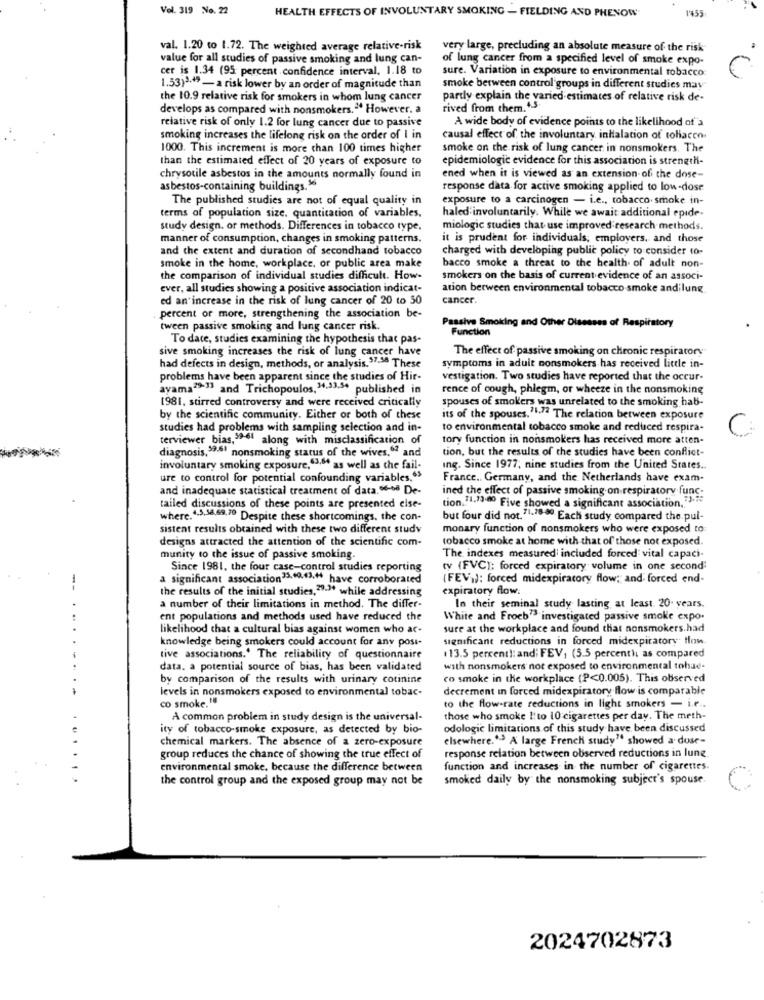
Vol. 319 No. 22
HEALTH EFFECTS OF INVOLUNTARY SMOKING - FIELDING AND PHENOW
1'355
val. 1.20 to 1.72. The weighted average relative-risk
very large, precluding an absolute measure of the risk
value for all studies of passive smoking and lung can-
of lung cancer from a specified level of smoke expo-
cer is 1.34 (95 percent confidence interval, 1.18 to
sure. Variation in exposure to environmental tobacco
1.53)3-19 - a risk lower by an order of magnitude than
smoke between control groups in different studies may
the 10.9 relative risk for smokers in whom lung cancer
pardy explain the varied estimates of relative risk de-
develops as compared with nonsmokers." However. a
rived from them.+.5
relative risk of only 1.2 for lung cancer due to passive
A wide body of evidence points to the likelihood of a
smoking increases the lifelong risk on the order of I in
causal effect of the involuntary inhalation of tobacco.
1000. This increment is more than 100 times higher
smoke on the risk of lung cancer in nonsmokers. The
than the estimated effect of 20 years of exposure to
epidemiologic evidence for this association is strength-
chrysotile asbestos in the amounts normally found in
ened when it is viewed as an extension of the dose-
asbestos-containing buildings.5
response data for active smoking applied to low-dose
The published studies are not of equal quality in
exposure to a carcinogen - i.e ., tobacco smoke in-
terms of population size. quantitation of variables,
haled involuntarily. While we await additional epide-
study design. or methods. Differences in tobacco type,
miologic studies that use improved research methods.
manner of consumption, changes in smoking patterns.
it is prudent for individuals, employers, and those
and the extent and duration of secondhand tobacco
charged with developing public policy to consider to-
smoke in the home, workplace, or public area make
bacco smoke a threat to the health. of adult non-
the comparison of individual studies difficult. How-
smokers on the basis of current evidence of an associ-
ever, all studies showing a positive association indicat-
ation between environmental tobacco smoke and lung
ed an increase in the risk of lung cancer of 20 to 50
cancer.
percent or more, strengthening the association be-
Passive Smoking and Other Disesses of Respiratory
tween passive smoking and lung cancer risk.
Function
To date, studies examining the hypothesis that pas-
sive smoking increases the risk of lung cancer have
The effect of passive smoking on chronic respiratory
had defects in design, methods, or analysis.57-56 These
symptoms in adult nonsmokers has received little in-
problems have been apparent since the studies of Hir-
vestigation. Two studies have reported that the occur-
ayama2-'' and Trichopoulos.34.33.5* published in
rence of cough, phlegm, or wheeze in the nonsmoking
1981, stirred controversy and were received critically
spouses of smokers was unrelated to the smoking hab-
by the scientific community. Either or both of these
its of the spouses.71-72 The relation between exposure
studies had problems with sampling selection and in-
to environmental tobacco smoke and reduced respira-
terviewer bias,"el along with misclassification of
tory function in nonsmokers has received more atten-
diagnosis,$9.6' nonsmoking status of the wives." and
tion, but the results of the studies have been conflict-
involuntary smoking exposure,63.6 as well as che fail-
ing. Since 1977; nine studies from the United States ..
ure to control for potential confounding variables.">
France, Germany, and the Netherlands have exam-
and inadequate statistical treatment of data. 66-+8 De-
ined the effect of passive smoking on respiratory func.
tailed discussions of these points are presented else-
tion. 11,13:00 Five showed a significant association,""."
where.4.3,38,69.70 Despite these shortcomings, the con-
but four did not. 71.78-80. Each study compared the pui-
sistent results obtained with these two different study
monary function of nonsmokers who were exposed to
designs attracted the attention of the scientific com-
tobacco smoke at home with that of those not exposed.
munity to the issue of passive smoking.
The indexes measured included forced vital capaci-
Since 1981. the four case-control studies reporting
ty (FVC): forced expiratory volume in one second;
a significant association35.60.43 .** have corroborated
(FEV)): forced midexpiracory flow; and forced end-
the results of the initial studies,79-3ª while addressing
expiratory flow:
a number of their limitations in method. The differ-
In their seminal study lasting at least. 20 years.
ent populations and methods used have reduced the
White and Froch" investigated passive smoke expo.
likelihood that a cultural bias against women who ar-
sure at the workplace and found that nonsmokers.had
knowledge being smokers could account for any posi-
significant reductions in forced midexpiratory- flow.
tive associations.' The reliability of questionnaire
113.5 percent !: and; FEV, (5.5 percenth as compared
data, a potential source of bias, has been validated
with nonsmokers not exposed to environmental tohae-
by comparison of the results with urinary cotinine
co smoke in the workplace (P<0.005). This observed
levels in nonsmokers exposed to environmental tobac-
decrement in forced midexpiratory flow is comparable
co smoke. "
to the flow-rate reductions in light smokers - i.e ..
A common problem in study design is the universal-
those who smoke l'to 10 cigarettes per day. The meth-
ity of tobacco-smoke exposure, as detected by bio-
odologic limitations of this study have been discussed
chemical markers. The absence of a zero-exposure
elsewhere."> A large French study" showed a dose-
group reduces the chance of showing the true effect of
response relation between observed reductions in lung
environmental smoke, because the difference between
function and increases in the number of cigarettes.
the control group and the exposed group may not be
smoked daily by the nonsmoking subject's spouse.
2024702873